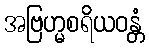
အဗြဟ္မစရိယဝန္တံ